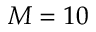
M = 1 0